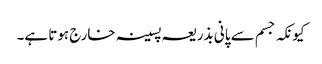
کیونکہ جسم سے پانی بذریعہ پسینہ خارج ہوتا ہے۔